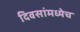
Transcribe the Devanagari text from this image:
दिवसांमध्येच